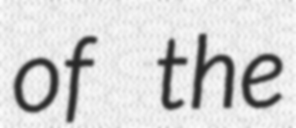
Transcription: of the